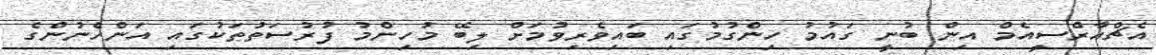
އެޗްއާރްސީއެމް އިން ބުނީ ގައުމު ހިންގުމުގައި ބައިވެރިވުމަށް ލިބޭ މުހިންމު ފުރުސަތުތަކުގައި އަންހެނުންގެ